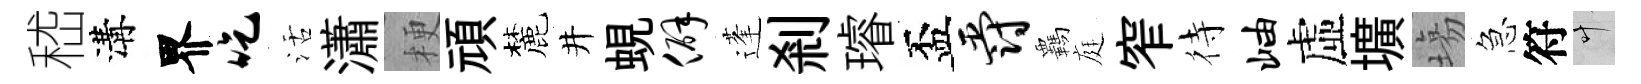
嵇溝界吃活瀟梗頑麓井蜆僻蓬剎璿盃爵覊庭窄待岫虛壙塲急符叶